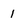
Character: 1